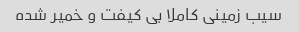
سیب زمینی کاملا بی کیفت و خمیر شده